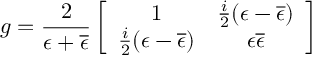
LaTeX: g = { \frac { 2 } { \epsilon + \overline { { { \epsilon } } } } } \left[ \begin{array} { c c } { { 1 } } & { { { \frac { i } { 2 } } ( \epsilon - \overline { { { \epsilon } } } ) } } \\ { { { \frac { i } { 2 } } ( \epsilon - \overline { { { \epsilon } } } ) } } & { { \epsilon \overline { { { \epsilon } } } } } \end{array} \right]